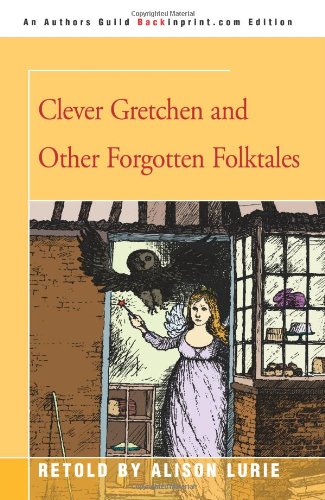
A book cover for Clever Gretchen and Other Forgotten Folktales; Alison Lurie; Children's Books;